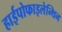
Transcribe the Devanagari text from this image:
हाईपोफाइलेन्थिन